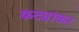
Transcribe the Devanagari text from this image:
कट्यांकर